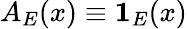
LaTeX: A_{E}(x)\equiv\mathbf{1}_{E}(x)